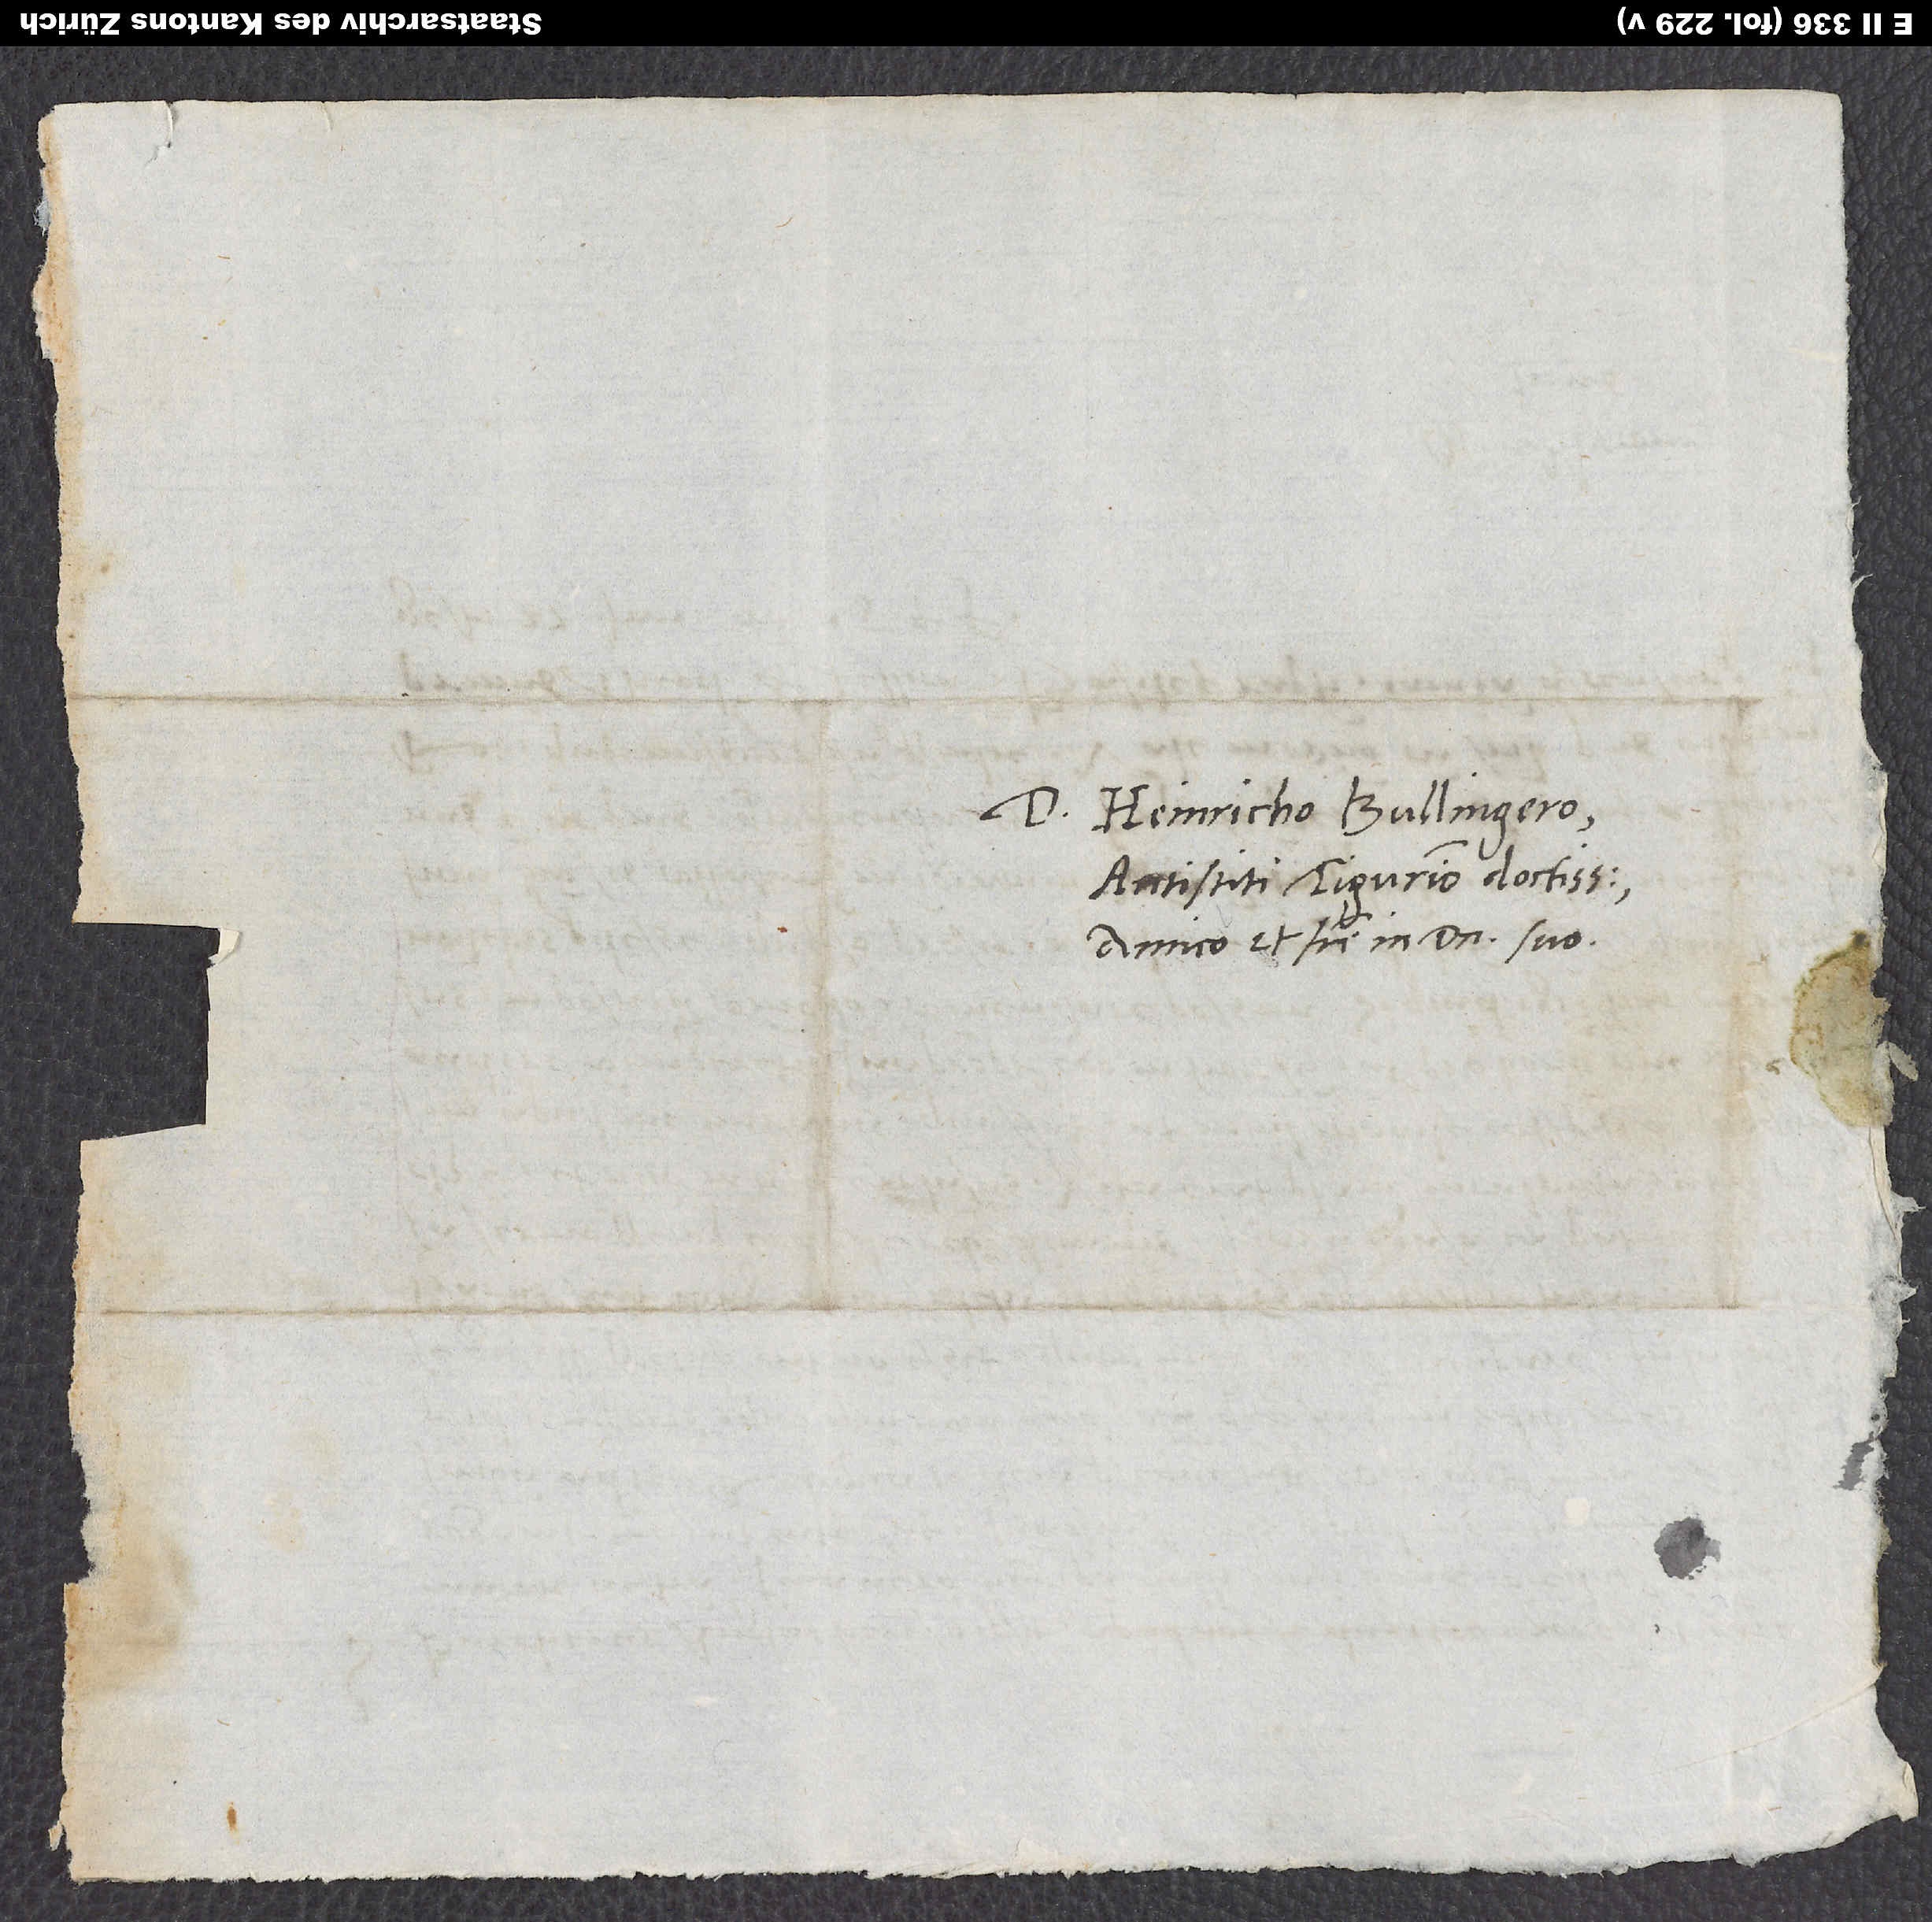
Heinricho Bullingero,
antistiti Tigurino doctissimo,
amico et fratri in domino suo.